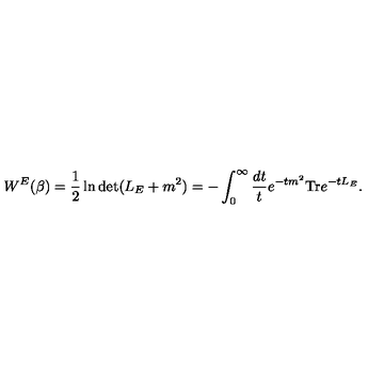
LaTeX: W ^ { E } ( \beta ) = \frac 1 2 \ln \det ( L _ { E } + m ^ { 2 } ) = - \int _ { 0 } ^ { \infty } { \frac { d t } { t } } e ^ { - t m ^ { 2 } } \mathrm { T r } e ^ { - t L _ { E } } .